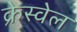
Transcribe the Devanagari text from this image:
क्रेस्वेल